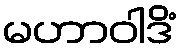
မဟာဝါဒိံ